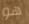
هو